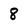
Character: 8